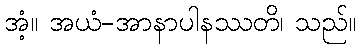
အံ့။ အယံ-အာနာပါနဿတိ၊ သည်။